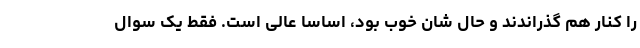
را کنار هم گذراندند و حال شان خوب بود، اساساً عالی است. فقط یک سوال